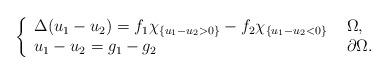
LaTeX: \begin{align*}\left \{\begin{array}{ll}\Delta (u_1-u_2)= f_{1} \chi_{\{u_1-u_2 >0 \}}-f_{2} \chi_{\{u_1-u_2 <0\}} & \ \Omega, \\ u_1-u_2=g_1-g_2\ & \ \partial \Omega. \end{array}\right.\end{align*}